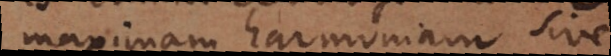
maximam harmoniam sive